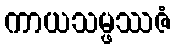
ကာယသမ္ဖဿဇံ